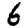
Digit: 6